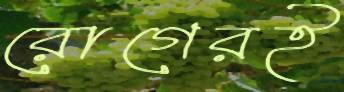
রোগেরই